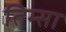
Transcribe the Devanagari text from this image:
तिम्सा